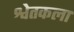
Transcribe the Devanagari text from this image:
श्वेतकला